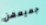
جميعهن